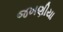
જખણીયા